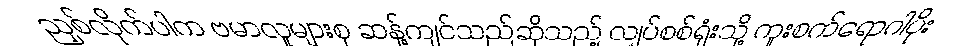
ညှစ်လိုက်ပါက ဗမာလူများစု ဆန့်ကျင်သည်ဆိုသည့် လျှပ်စစ်ရုံးသို့ ကူးစက်ရောဂါပိုး